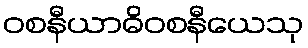
ဝစနီယာဓိဝစနီယေသု